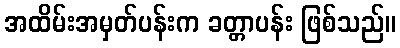
အထိမ်းအမှတ်ပန်းက ခတ္တာပန်း ဖြစ်သည်။